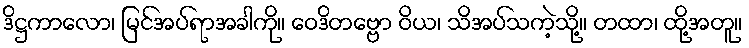
ဒိဋ္ဌကာလော၊ မြင်အပ်ရာအခါကို။ ဝေဒိတဗ္ဗော ဝိယ၊ သိအပ်သကဲ့သို့။ တထာ၊ ထို့အတူ။